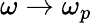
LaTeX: \omega\rightarrow\omega_{p}